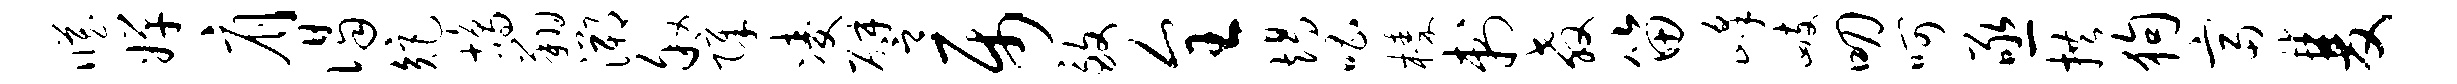
臧婵肩谒矩鸪翔溯叙障凌譬属致全竭唱榛刺教笛峰峙叨呵亟拱狗富双